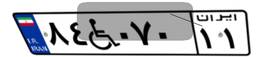
۸۴W۰۷۰۱۱